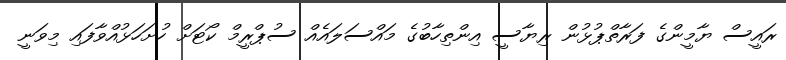
ރައީސް ޔާމީންގެ ފަރާތްޕުޅުން ރިޔާސީ އިންތިހާބުގެ މައްސަލައެއް ސުޕްރީމް ކޯޓަށް ހުށަހަޅުއްވާފައި މިވަނީ